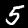
Label: 5